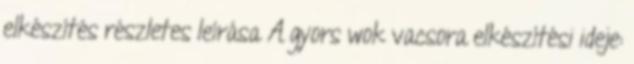
elkészítés részletes leírása A gyors wok vacsora elkészítési ideje: